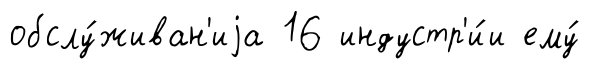
обслу́живан'иjа 16 индустр'и́и ему́